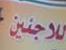
للا